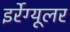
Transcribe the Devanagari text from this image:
इर्रेग्यूलर